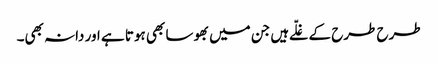
طرح طرح کے غلّے ہیں جن میں بھوسا بھی ہوتا ہے اور دانہ بھی۔